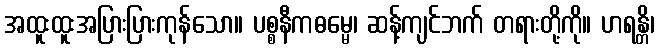
အထူးထူးအပြားပြားကုန်သော။ ပစ္စနီကဓမ္မေ၊ ဆန့်ကျင်ဘက် တရားတို့ကို။ ဟရန္တိ၊